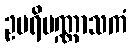
ဥပရိပဏ္ဏာသကံ